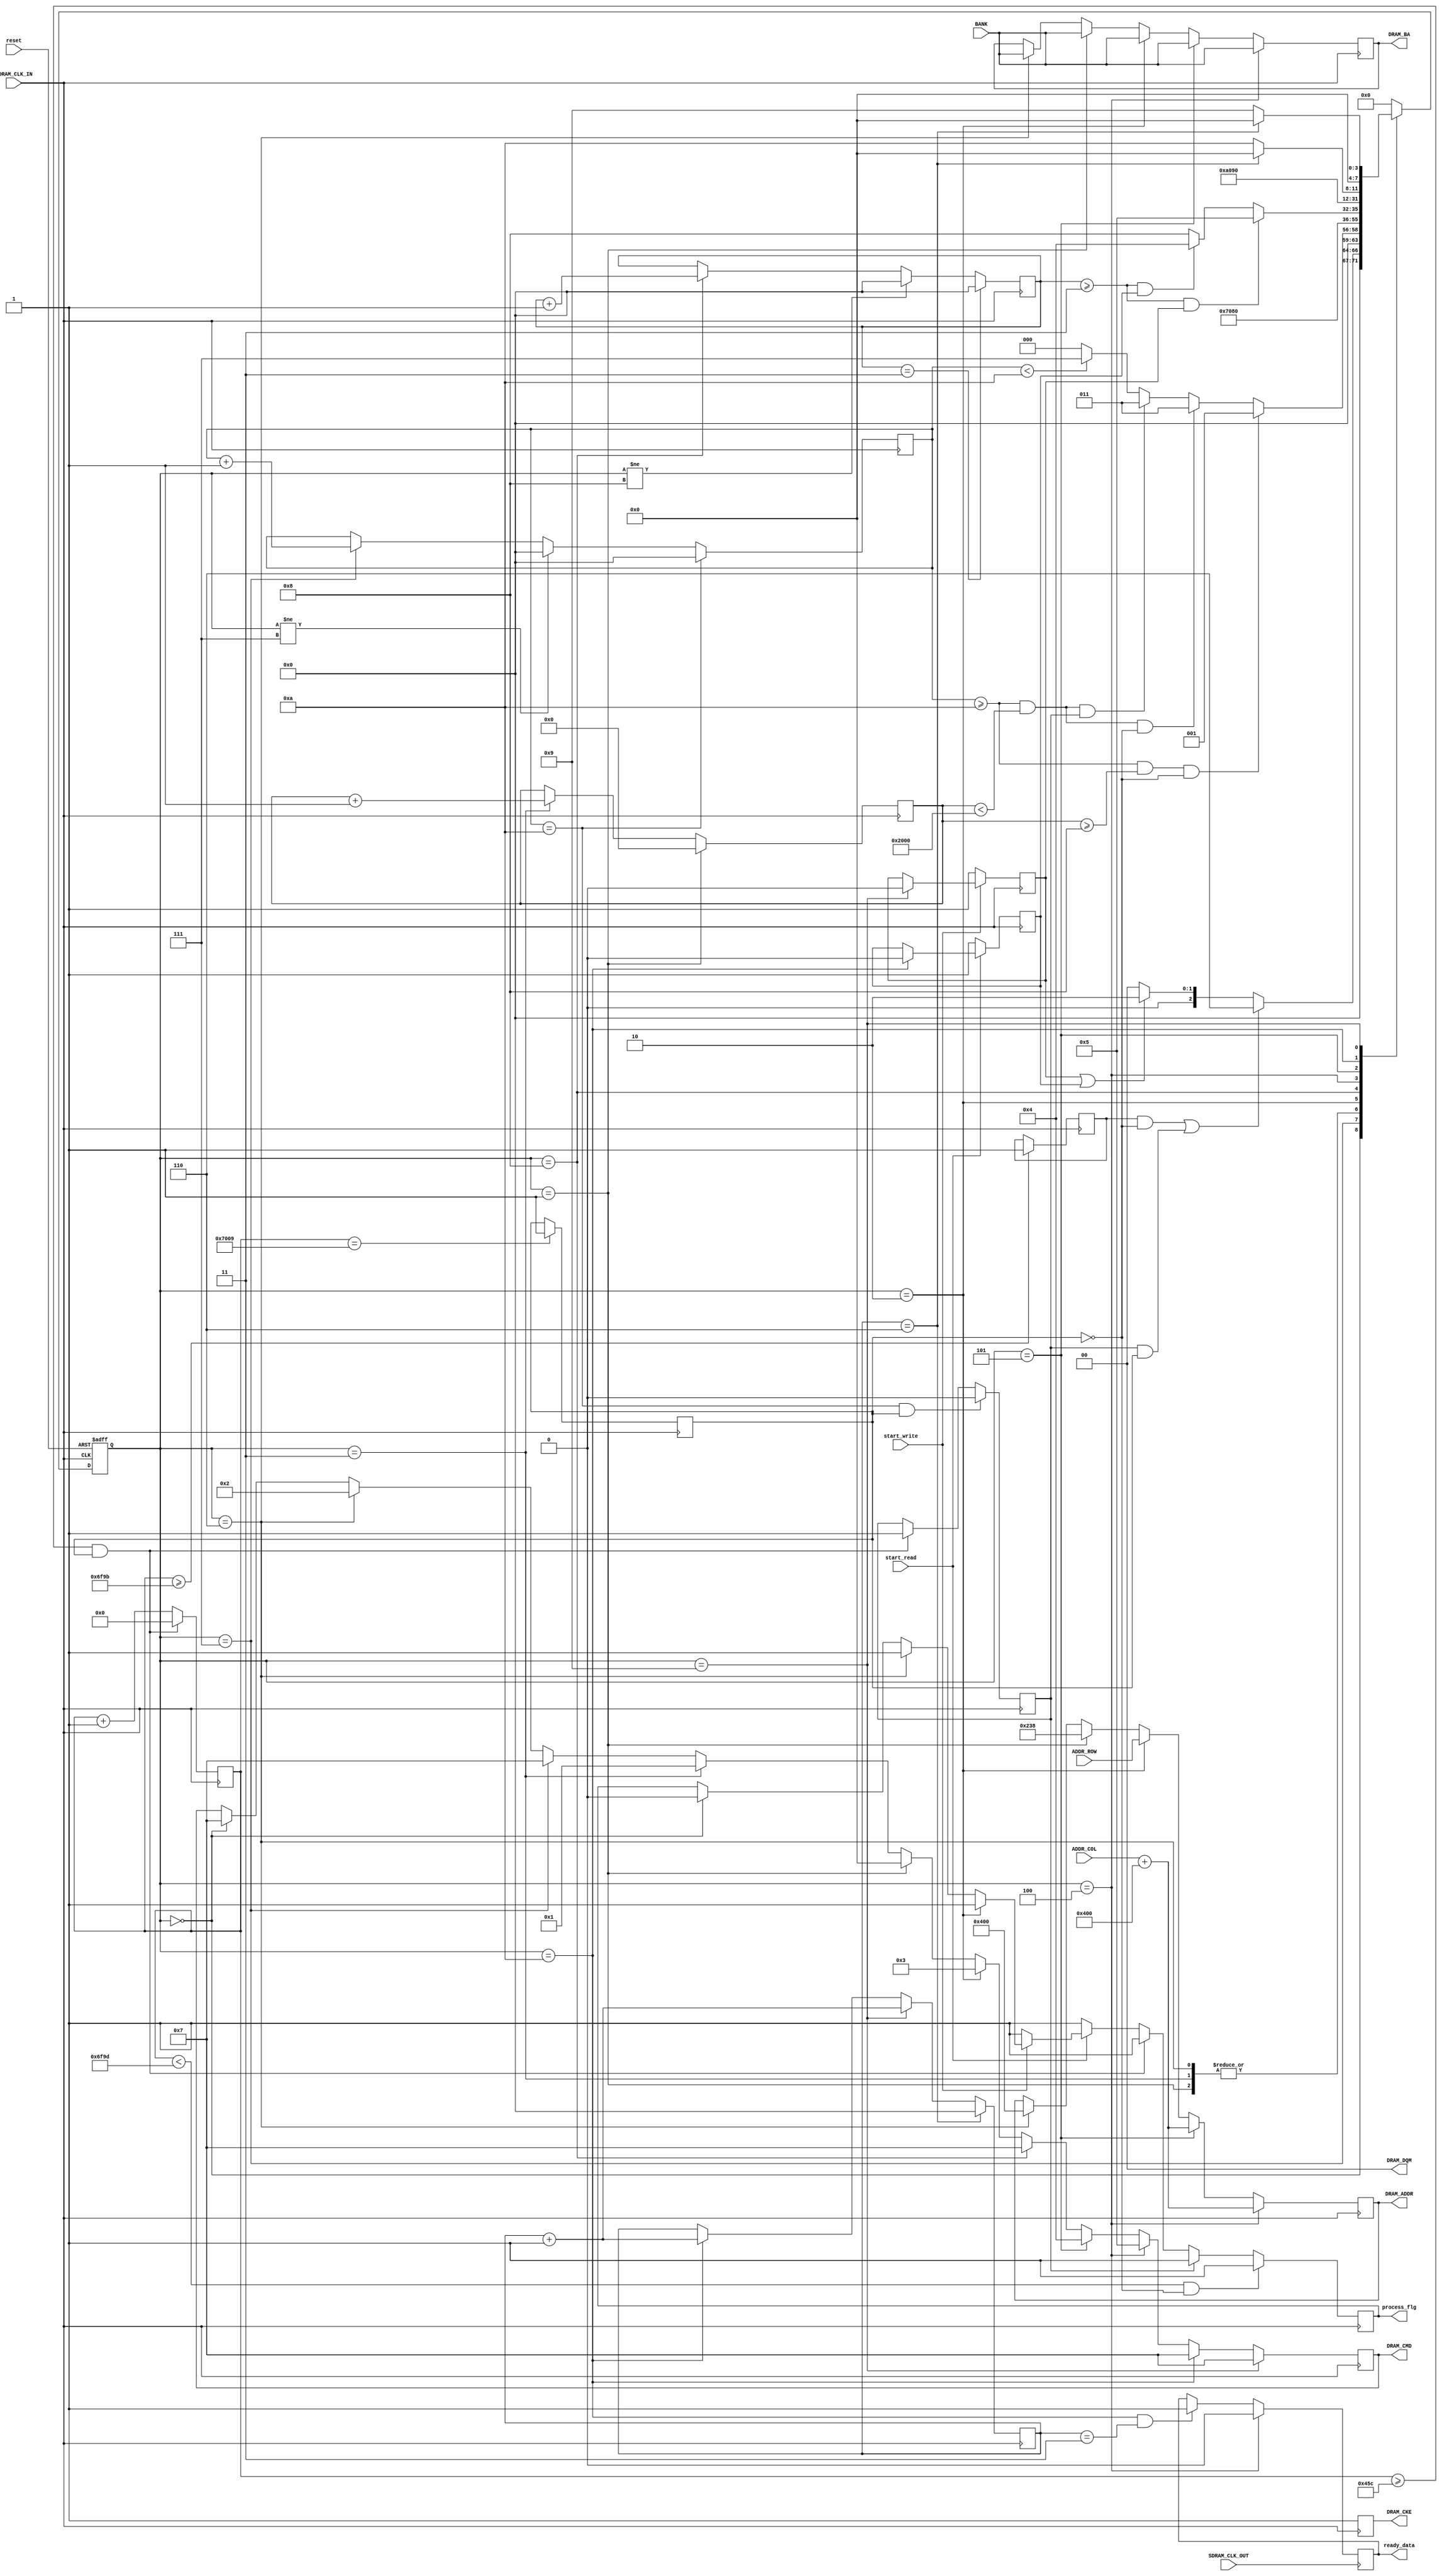
module SDRAM_IS42S16160B_DRIVER( input SDRAM_CLK_IN, SDRAM_CLK_OUT,  start_write, start_read, reset,
											input [12:0] ADDR_ROW,
											input [12:0] ADDR_COL,
											input [1:0]  BANK,

											output reg	[12:0]	DRAM_ADDR,
											output reg	[1:0]		DRAM_BA,
											output reg				DRAM_CKE,
											output reg  [1:0]		DRAM_DQM,
											output reg 	[3:0] 	DRAM_CMD,		//DRAM_CS_N, DRAM_RAS_N, DRAM_CAS_N, DRAM_WE_N
											output reg				process_flg,
											output reg				ready_data		//PROCESS FLAG IS HERE!
											//inout  		[15:0]	DRAM_DQ
											
											//	output reg				DRAM_CAS_N,
											//	output reg	    		DRAM_CS_N,
											//	output reg       		DRAM_RAS_N,
											//	output reg       		DRAM_WE_N,
										 );
										 
										 
parameter Fclk								= 140_000_000;		  		  // MHz										 
parameter tREF       					= 64;   						  // ms
parameter tINIT							= 200_000;					  // ns
parameter quantity_autorefresh 		= 8192;  					  // refresh counter (cycle refresh)

parameter tCK        					= 7;     					  // clk period 7 ns (for calcul refresh interval)
parameter REFRESH_TIME					= (((tREF * 1_000_000) / quantity_autorefresh) / tCK); 
																				  // need 64 ms

parameter init_time	 					= tINIT / tCK;       		// need time > 200_000 ns
parameter q_AREF_for_init				= 8;
parameter MRS_DATA						= 12'b000_1_00_011_1_000; // mode register set
parameter trc								= 10;  						  // Trc
parameter trp								= 3;							  // Trp 
parameter cas			 					= 6;							  // CAS
parameter rcd								= 3;							  // Rcd

localparam IDLE 							= 8'd0;
localparam MRS								= 8'd1;
localparam ACTIVATE_ROW					= 8'd2;
localparam REFRESH						= 8'd3;
localparam READ							= 8'd4;
localparam WRITE							= 8'd5;
localparam PRECHARGE						= 8'd6;
localparam NOP_INIT_AREF			  	= 8'd7;
localparam NOP_BEFORE_RW				= 8'd8;
localparam NOP_AFTER_W					= 8'd9;
localparam NOP_AFTER_R					= 8'd10;
										 						 
localparam CMD_DESL  					= 4'b1_1_1_1; // device deselect
localparam CMD_NOP   					= 4'b0_1_1_1; // no operation
localparam CMD_BST   					= 4'b0_1_1_0; // burst stop
localparam CMD_READ  					= 4'b0_1_0_1; // read							DRAM_ADDR[10] functional bit 
localparam CMD_WRITE 					= 4'b0_1_0_0; // write
localparam CMD_ACT   					= 4'b0_0_1_1; // bank activate
localparam CMD_PRE   					= 4'b0_0_1_0; // precharge select bank
localparam CMD_REF   					= 4'b0_0_0_1; // CBR auto-refresh
localparam CMD_MRS   					= 4'b0_0_0_0; // Mode register set
							 
//reg process_flg; This flg in initialization I/O

reg [7:0] state;	
reg [7:0] next_state;
//reg [7:0] state_cnt;

reg [24:0] cnt_timer;
reg [16:0] cnt_autorefresh;	

reg time_init_flg;
reg self_refresh;

reg flg_init;
reg write_flg;
reg read_flg;

reg [4:0]  Trc;
reg [4:0]  Trcd;
reg [4:0]  Tcas;
	

initial begin

	state								<= IDLE;
	next_state 						<= IDLE;

	DRAM_CKE 						<= 1'b1;
	DRAM_CMD							<= CMD_NOP;
	DRAM_ADDR 						<= 12'd0;
	DRAM_BA 							<= 1'b00;
	DRAM_DQM 						<= 1'b0;
	
	cnt_timer	 					<= 24'd0;
	cnt_autorefresh			 	<= 16'd0;
	
	time_init_flg					<= 1'b0;  
	process_flg 					<= 1'b1; 
	self_refresh 					<= 1'b0;
	flg_init 						<= 1'b0;
	write_flg						<= 1'b0;
	read_flg							<= 1'b0;

	
	Trc								<= 4'd0;
	Tcas								<= 4'd0;
	Trcd								<= 4'd0;
	
end




always @* 	
		
		case (state)
			
			IDLE:
						
				
				if ((time_init_flg == 1'b1 && flg_init == 1'b0) || (self_refresh == 1'b1 && flg_init == 1'b1)) begin
					next_state <= PRECHARGE;
				end
								
				else if (write_flg == 1'b1 || read_flg == 1'b1) begin  
					next_state <= ACTIVATE_ROW;
				end
								
				else begin
					next_state <= IDLE;
				end

				
			NOP_INIT_AREF:
			
				
				if (Trc >= trc && cnt_autorefresh >= q_AREF_for_init && flg_init == 1'b0) begin
					next_state <= MRS;
				end
				
				
				else if (Trc >= trc && cnt_autorefresh < quantity_autorefresh && flg_init == 1'b0) begin
					next_state <= REFRESH;
				end
				
				else if (Trc >= trc && cnt_autorefresh < quantity_autorefresh && self_refresh == 1'b1) begin
					next_state <= REFRESH;
				end
				
				else if (Trc < trc) begin
					next_state <= NOP_INIT_AREF;
				end
				
				else begin
					next_state <= IDLE;
				end
				
				
			PRECHARGE:
						
				
				if (state == PRECHARGE) begin
					next_state <= NOP_INIT_AREF;
				end
				
								
				else begin
					next_state <= PRECHARGE;
				end
			
			REFRESH:
						
				
				if (state == REFRESH) begin
					next_state <= NOP_INIT_AREF;
				end
				
								
				else begin
					next_state <= REFRESH;
				end
				
			MRS:
						
				
				if (state == MRS) begin
					next_state <= NOP_INIT_AREF;
				end
				
								
				else begin
					next_state <= MRS;
				end
			
				
			ACTIVATE_ROW:
				
				
				if (state == ACTIVATE_ROW) begin
					next_state <= NOP_BEFORE_RW;
				end	
				
							
				else begin
					next_state <= ACTIVATE_ROW;
				end
				
				
			NOP_BEFORE_RW: 
				
				if (Trcd >= rcd && write_flg == 1'b1) begin
					next_state <= WRITE;
				end
				
				else if (Trcd >= rcd && read_flg == 1'b1) begin
					next_state <= READ;
				end
				
				else begin
					next_state <= NOP_BEFORE_RW;
				end
				
				
			READ:
						
				
				if (state == READ) begin
					next_state <= NOP_AFTER_R;
				end
				
							
				else begin
					next_state <= READ;
				end
				
				
			WRITE:
						
				
				if (state == WRITE) begin
					next_state <= NOP_AFTER_W;
				end
				
							
				else begin
					next_state <= WRITE;
				end
				
				
			NOP_AFTER_R:
				
				if (Tcas == cas) begin						// CAS = 3 and 3 for Trc for next ACTIVATE comand
					next_state <= IDLE;
				end		
				
				else begin
					next_state <= NOP_AFTER_R;
				end
				
			NOP_AFTER_W:
				
				if (Tcas == cas) begin						// CAS = 3 and 3 for Trc for next ACTIVATE comand
					next_state <= IDLE;
				end		
				
				else begin
					next_state <= NOP_AFTER_W;
				end
				
			
			default:
				next_state <= IDLE;
		
		endcase
		
		
always @(posedge SDRAM_CLK_IN) begin
	
	cnt_timer <= cnt_timer + 1'b1;
	DRAM_CKE <= 1'b1;
	DRAM_DQM	<= 1'b0;
	
	
		
	if (state == IDLE) begin
		DRAM_CMD 						<= CMD_NOP;
		DRAM_DQM 						<= 1'b0;
		process_flg 					<= 1'b0;
		
	end
	
	if (state == PRECHARGE) begin
		process_flg 					<= 1'b1;
		DRAM_CMD  						<= CMD_PRE;
		DRAM_ADDR 						<= 12'b010000000000;				// ALL BANK
		DRAM_BA							<= BANK;
	end
		
	if (state == NOP_INIT_AREF) begin
		Trc 								<= Trc + 1'b1;
		DRAM_CMD 						<= CMD_NOP;
	end
	
	if (state != NOP_INIT_AREF) begin
		Trc 								<= 1'b0;
	end
	
	if (Trc == trc) begin
		Trc 								<= 4'd0;
	end
	
	if (state == REFRESH) begin
		cnt_autorefresh 				<= cnt_autorefresh + 1'b1;
		DRAM_CMD 						<= CMD_REF;
	end

	if (state == MRS) begin
		DRAM_CMD  						<= CMD_MRS;
		DRAM_ADDR 						<= MRS_DATA;
		cnt_autorefresh 				<= 8'd0;
		DRAM_BA							<= BANK;
	end
	
	if (state == ACTIVATE_ROW) begin
		DRAM_CMD  						<= CMD_ACT;
		DRAM_ADDR						<= ADDR_ROW;
		DRAM_BA							<= BANK;					
		process_flg 					<= 1'b1; 
	end
	
	if (state == NOP_BEFORE_RW) begin
		Trcd		 						<= Trcd + 1'b1;
		DRAM_CMD 						<= CMD_NOP;
	end
	
	if (state != NOP_BEFORE_RW) begin
		Trcd		 						<= 1'b0;
	end
	
	if (Trcd == rcd) begin
		Trcd 								<= 4'd0;
	end	
	
	if (state == WRITE) begin
		DRAM_CMD 						<= CMD_WRITE;
		DRAM_ADDR						<= ADDR_COL + 1024;  //1024 for set a10 bit in high level. For enable autoprecharge ALL banks
		DRAM_BA							<= BANK;				  	 
	end
	
	if (state == READ) begin
		DRAM_CMD 						<= CMD_READ;
		DRAM_ADDR						<= ADDR_COL + 1024;  //1024 for set a10 bit in high level. For enable autoprecharge ALL banks
		DRAM_BA							<= BANK;
//		ready_data						<= 1'b0;
	end
	
	if (state == NOP_AFTER_R) begin
		DRAM_CMD 						<= CMD_NOP;
		Tcas 								<= Tcas + 1'b1;
		read_flg <= 1'b0;
	end

	
	if (state == NOP_AFTER_W) begin
		DRAM_CMD 						<= CMD_NOP;
		Tcas 								<= Tcas + 1'b1;
		write_flg <= 1'b0;
	end
	
	
	if (Tcas == cas) begin
		Tcas 								<= 4'd0;
	end
	
	
	
	
	if (start_write == 1'b0) begin
		write_flg 						<= 1'b1;
		process_flg 					<= 1'b1;
	end
	
	if (start_read == 1'b0) begin
		read_flg 						<= 1'b1;
		process_flg 					<= 1'b1;
	end
	
	

	
	if (cnt_timer >= REFRESH_TIME && flg_init == 1'b1) begin
		cnt_timer <= 24'd0;
		self_refresh <= 1'b1;
		process_flg <= 1'b1;
	end
	
	if (self_refresh == 1'b1) begin
		process_flg <= 1'b1;
	end
	
	if (cnt_timer >= init_time) begin
		time_init_flg <= 1'b1;
	end
	
	if (cnt_timer == init_time + 110) begin								// 110 is quantity tacts for initialization SDRAM
		flg_init <= 1'b1;
	end
	
	if (cnt_timer < init_time + 2 && flg_init == 1'b0) begin			// +1 takt chtob process_flg ne provalivalsa poka flg_init ne stanet 1
		process_flg <= 1'b1;
	end
	
	if (Trc == trc && flg_init == 1'b1)  begin   
		self_refresh <= 1'b0;
	end
	
//	if (state == NOP_AFTER_R && Tcas == 4'd3) begin
//		ready_data   <= 1'b1;
//	end	

	
end


always @(posedge SDRAM_CLK_OUT) begin
	if (state == NOP_AFTER_R && Tcas == 4'd3) begin
		ready_data   <= 1'b1;
	end
	
	if (state == READ) begin
		ready_data	<= 1'b0;
	end
end 	


always @(posedge SDRAM_CLK_IN or negedge reset) begin 
	
	
	if(!reset) begin
		state <= IDLE;
	end
	
	else begin
		state <= next_state;
	end
end	


	
endmodule